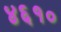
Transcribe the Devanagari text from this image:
४६१०